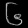
Digit: ၆